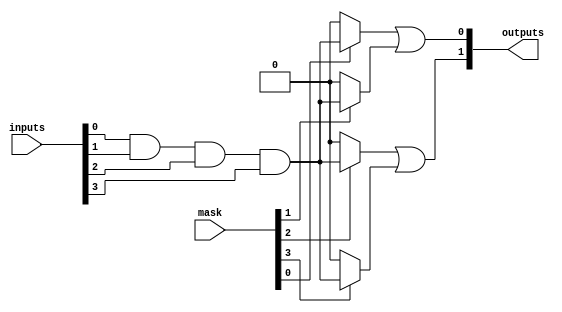
module MaskedPAL #(
    parameter NUM_INPUTS = 4,         // Number of input lines
    parameter NUM_AND_GATES = 4,      // Number of AND gates
    parameter NUM_OR_GATES = 2         // Number of OR gates
)(
    input wire [NUM_INPUTS-1:0] inputs, // Input signals
    input wire [NUM_AND_GATES-1:0] mask, // Mask for AND gates
    output wire [NUM_OR_GATES-1:0] outputs // Output signals
);

    // Internal signals for AND gate outputs
    wire [NUM_AND_GATES-1:0] and_outputs;

    // AND array: programmable AND gates
    genvar i;
    generate
        for (i = 0; i < NUM_AND_GATES; i = i + 1) begin: and_array
            // Each AND gate output is activated based on the mask
            assign and_outputs[i] = (mask[i]) ? (inputs[0] & inputs[1] & inputs[2] & inputs[3]) : 1'b0;
        end
    endgenerate

    // OR array: fixed OR gates
    assign outputs[0] = and_outputs[0] | and_outputs[1]; // OR gate 1
    assign outputs[1] = and_outputs[2] | and_outputs[3]; // OR gate 2

endmodule